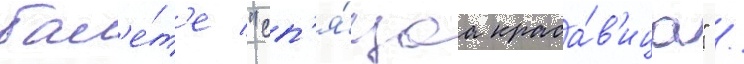
бал'е́т'е "сп'я́щаа краса́в'ица" /